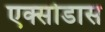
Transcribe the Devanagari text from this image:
एक्सोडास